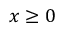
x \geq 0